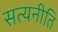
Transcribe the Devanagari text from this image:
सत्यनीति